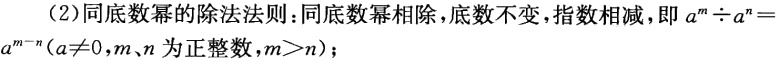
(2)同底数幂的除法法则:同底数幂相除,底数不变,指数相减,即 \(a^{m}\div a^{n}=a^{m - n}(a\neq0,m、n\) 为正整数,\(m > n)\);